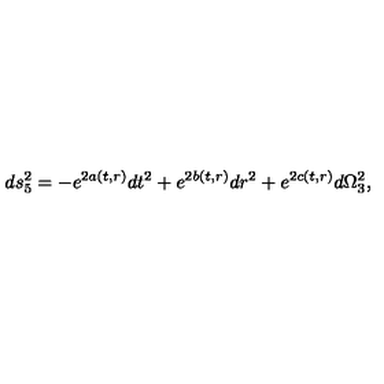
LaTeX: d s _ { 5 } ^ { 2 } = - e ^ { 2 a ( t , r ) } d t ^ { 2 } + e ^ { 2 b ( t , r ) } d r ^ { 2 } + e ^ { 2 c ( t , r ) } d \Omega _ { 3 } ^ { 2 } ,